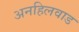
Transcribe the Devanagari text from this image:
अनहिलवाड